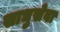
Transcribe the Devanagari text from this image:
साधुसेवा